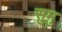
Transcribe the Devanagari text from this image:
सुमु